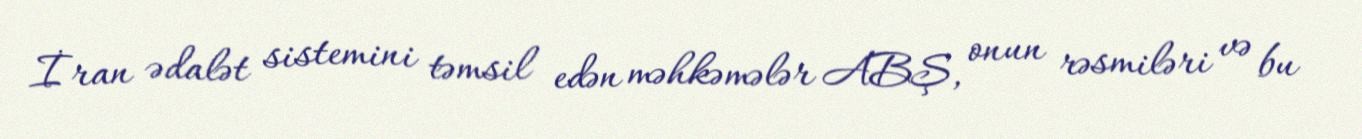
İran ədalət sistemini təmsil edən məhkəmələr ABŞ, onun rəsmiləri və bu